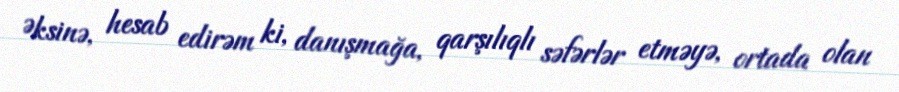
Əksinə, hesab edirəm ki, danışmağa, qarşılıqlı səfərlər etməyə, ortada olan